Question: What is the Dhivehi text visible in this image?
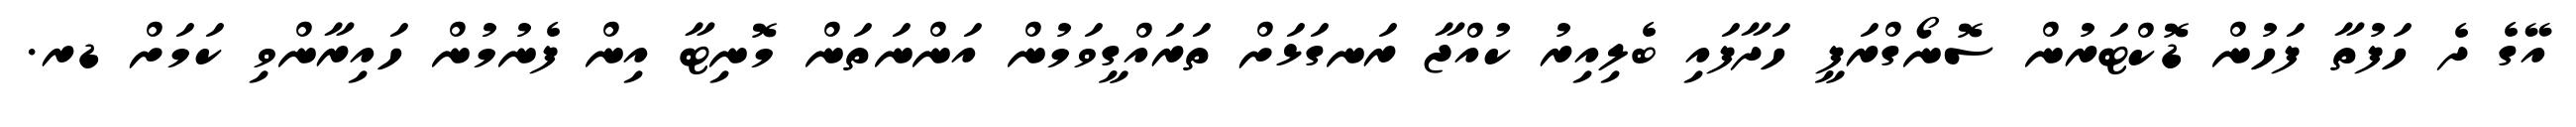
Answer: އޭގެ ދެ ހަފުތާ ފަހުން ޑޮކްޓަރުން ސޮނޯގްރަފީ ހަދާފައި ބެލިއިރު ކުއްޖާ ރަނގަޅަށް ތަރައްގީވަމުން އަންނަތަން މޮނިޓާ އިން ފެނުމުން ހައިރާންވި ކަމަށް ޑރ.